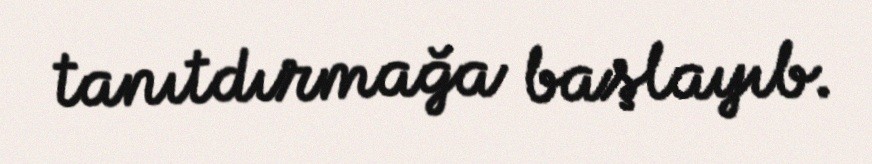
tanıtdırmağa başlayıb.